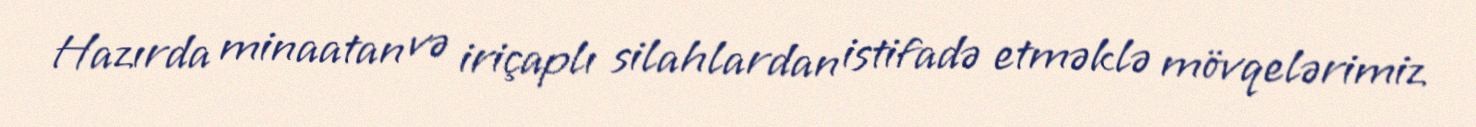
Hazırda minaatan və iriçaplı silahlardan istifadə etməklə mövqelərimiz